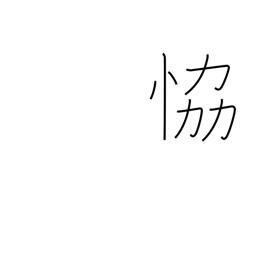
Meaning: threaten